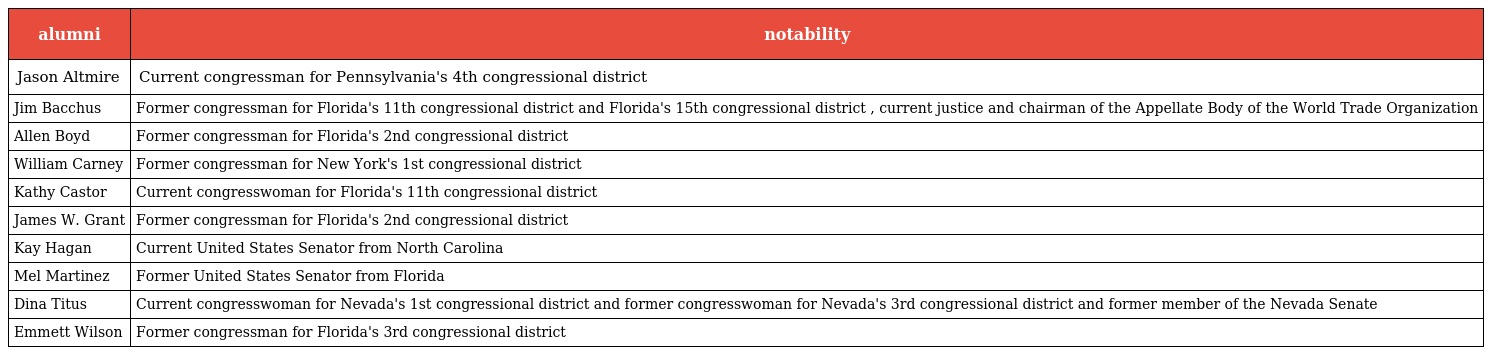
| alumni | notability |
 | --- | --- |
 | Jason Altmire | Current congressman for Pennsylvania's 4th congressional district |
 | Jim Bacchus | Former congressman for Florida's 11th congressional district and Florida's 15th congressional district , current justice and chairman of the Appellate Body of the World Trade Organization |
 | Allen Boyd | Former congressman for Florida's 2nd congressional district |
 | William Carney | Former congressman for New York's 1st congressional district |
 | Kathy Castor | Current congresswoman for Florida's 11th congressional district |
 | James W. Grant | Former congressman for Florida's 2nd congressional district |
 | Kay Hagan | Current United States Senator from North Carolina |
 | Mel Martinez | Former United States Senator from Florida |
 | Dina Titus | Current congresswoman for Nevada's 1st congressional district and former congresswoman for Nevada's 3rd congressional district and former member of the Nevada Senate |
 | Emmett Wilson | Former congressman for Florida's 3rd congressional district |